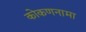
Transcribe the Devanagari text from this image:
कोकणनामा